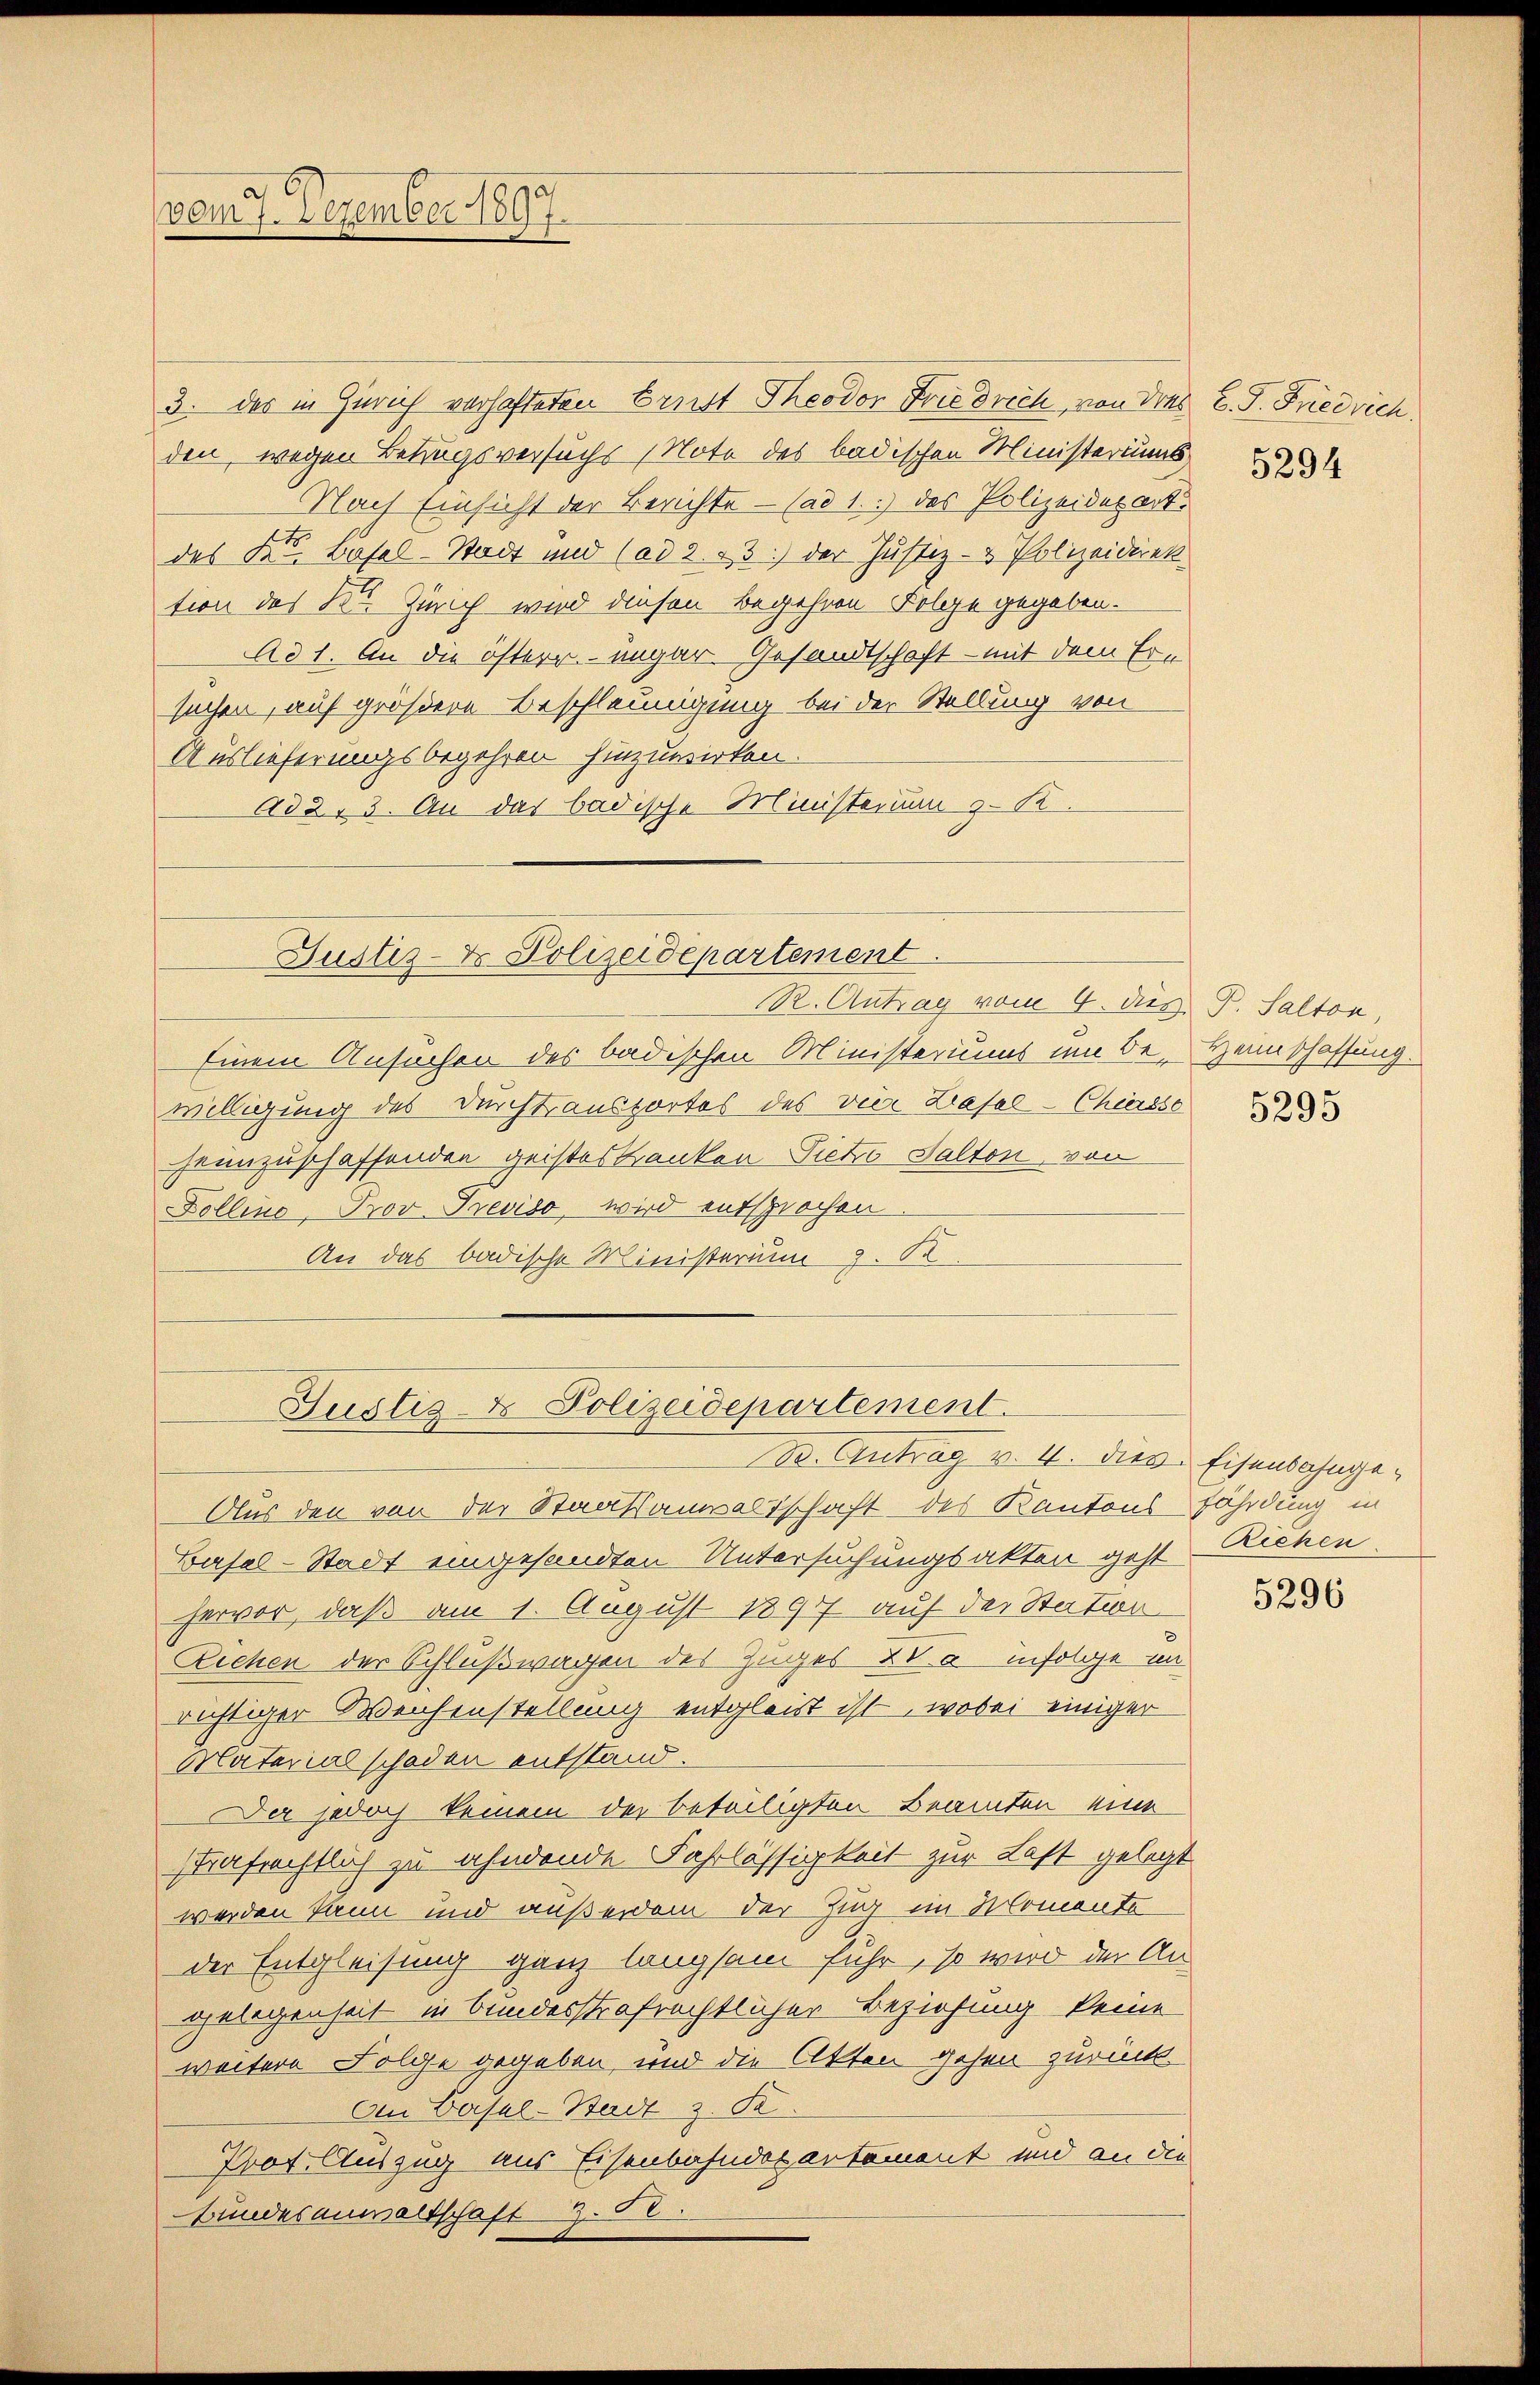
vom 7. Dezember 1897.

3. des in Zürich verhafteten Brust Theodor Friedrich von des C. P. Friedrich.
den, wegen Betrugsversuchs (Note des badischen Ministeriums
Nach Einsicht der Berichte — (ad 1.) das Polizeidesart.
des Kt. Basel-Stadt und (ad 2. 73.) der Justiz- & Polizeidiret
tion des Kt. Zürich wird diesen Begehren Folge gegeben.
Ad 1. An die österr. ungar. Gesandtschaft - mit dem Er-
suchen, auf größere Beschleunigung bei der Stellung von
Auslieferungsbegehren hinzuwirken.
Ad 2. 3. An das badische Ministerium z. K.

Justiz- & Polizeidepartement

Justiz- & Polizeidepartement

R. Antrag vom 4. ds. P. Salton,
Einem Ansuchen des badischen Ministeriums im Be- Heimschaffung.
willigung des Durchtransportes des vier Basel-Chiesse 233
heimzuschaffenden geisteskranken Pieto Salton, von
Dollino, Prov Treviso, wird entsprochen
An das badische Ministerium 3.

B. Antrag v. 4. dies Eisenbahnge¬
Aus den von der Staatsanwaltschaft des Kantons fährdung in
Basel-Stadt eingesandten Untersuchungsakten gest. Richen
hervor, daß am 1. August 1897 auf der Station
Ziehen der Schlußwagen des Zuges 20. infolge im
richtiger Weichenstellung entgleist ist, wobei einiger
Materialschaden entstand.
Da jedoch keinem der beteiligten Beamten eine
vafrechtlich zu ahndende Fahrlässigkeit zur Last gelegt
werden kann und außerdem der Zug im Momente
der Entgleisung ganz langsam fuhr, so wird der An-
gelegenheit in bundesstrafrechtlicher Beziehung keine
weitere Folge gegeben, und die Akten gehen zurück.
An Basel-Stadt z. B.
Prot. Auszug aus Eisenbahndepartement und an die
Bundesanwaltschaft 30

5294

5296